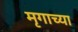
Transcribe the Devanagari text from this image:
मृगाच्या